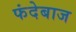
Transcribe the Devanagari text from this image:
फंदेबाज